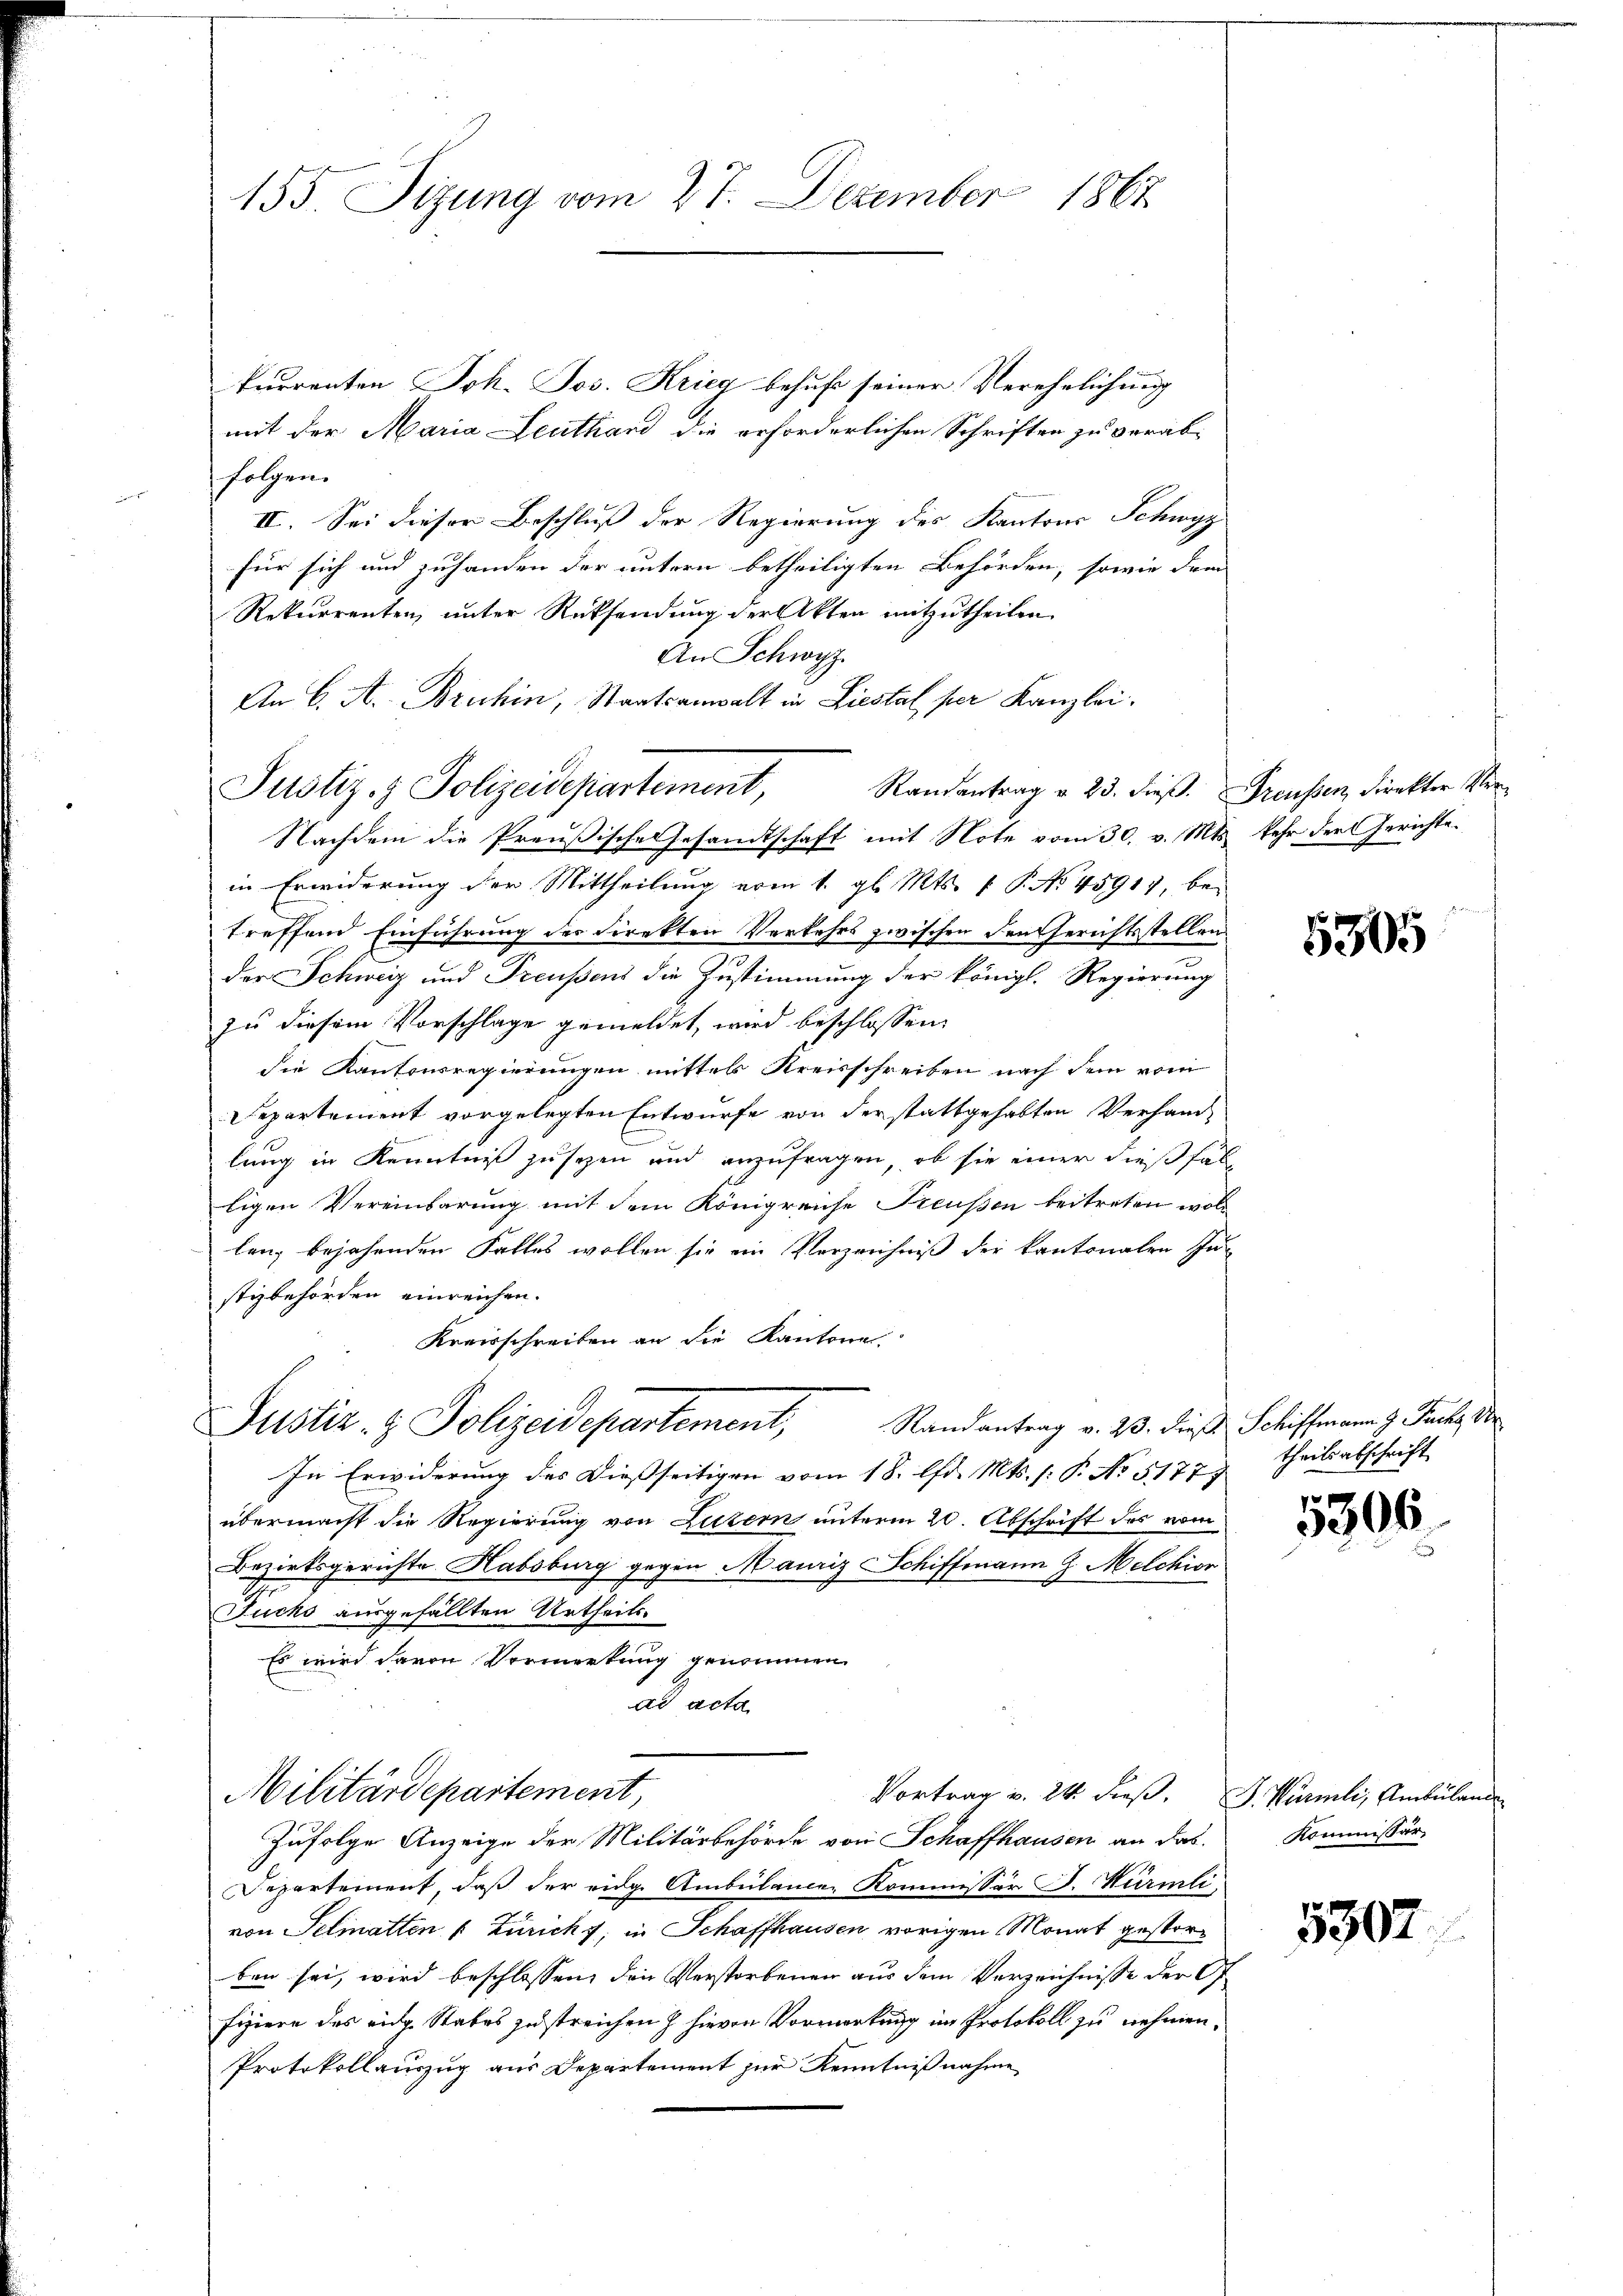
155. Sizung vom 27. Dezember 1867

kurrenten Joh. Jos. Krieg behufs seiner Verehelichung
mit der Maria Leuthand die erforderlichen Schriften zu verabfolgen.
e
II. Sei dieser Beschluß der Regierung des Kantons Schwyz
für sich und zuhanden der untern betheiligten Behörden, sowie dem
Rekurrenten, unter Rücksendung der Akten mitzutheilen
An Schwyz.
An C. A. Bruhin, Staatsanwalt in Liestal per Kanzlei.
Justiz- & Polizeidepartement, Randantrag u. 23. dieβ. Freussen, Direkter Ver¬
Nachdem die Preußische Gesandtschaft mit Note vom 30. v. Mts. kehr der Gerichte.
in Erwiderung der Mittheilung vom 1. gl. Mts. f. P. No. 45917, betreffend Einführung des Direkten Verkehrs zwischen Deutherichtsstellen
der Schweiz und Preußens die Zustimmung der königl. Regierung
zu diesem Vorschlage gemeldet, wird beschlossen:
die Kantonsregierungen mittel Kreisschreiben nach dem vom
Separtement vorgelegten Entwurfe von der stattgehabten Verhand-
lung in Kenntniß zu sezen und anzufragen, ob sie einer dießfall
ligen Vereinbarung mit dem Königreiche Freussen beitreten woll
lanz bejahenden Falles wollen sie ein Verzeichniß der kantonalen Justizbehörden einreichen.
Kreisschreiben an die Kantone.
Justiz & Polizeidepartement, Randantrag v. 23. dies
In Erwiderung des dießseitigen vom 18. d. Mts. (: P. No 51777
übermacht die Regierung von Luzern unterm 20. Abschrift des vom
Bezirksgerichte Habsburg gegen Mauriz Schiffmann J. Melchior
Jucks ausgefällten Urtheils
Es wird davon Vormerkung genommen
ad acta
Militärdepartement,
Vortrag v. 24. dieβ. J. Würmli, Ambülan
Zufolge Anzeige der Militärbehörde von Schaffhausen an das
Departement, daß der eidg. Ambülance Kommissär F. Würmli
von Selmatten u Züricht; in Schaffhausen vorigen Monat gestorben sei, wird beschlossen, den Verstorbenen aus dem Verzeichnisse der
fiziere des eidg. Stabes zustreichen & hievon Vormerkung im Protokoll zu nehmen.
Protokollauszug aus Departement zur Kenntnißnahme

5305

Schiffmann J. Jacko D
theils abschrift

5306

Kommissär

5307.